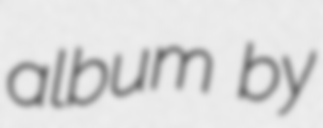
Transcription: album by